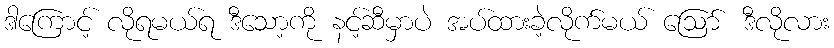
ဒါကြောင့် လိုရမယ်ရ ဒီသော့ကို နင့်ဆီမှာပဲ အပ်ထားခဲ့လိုက်မယ် ဪ ဒီလိုလား